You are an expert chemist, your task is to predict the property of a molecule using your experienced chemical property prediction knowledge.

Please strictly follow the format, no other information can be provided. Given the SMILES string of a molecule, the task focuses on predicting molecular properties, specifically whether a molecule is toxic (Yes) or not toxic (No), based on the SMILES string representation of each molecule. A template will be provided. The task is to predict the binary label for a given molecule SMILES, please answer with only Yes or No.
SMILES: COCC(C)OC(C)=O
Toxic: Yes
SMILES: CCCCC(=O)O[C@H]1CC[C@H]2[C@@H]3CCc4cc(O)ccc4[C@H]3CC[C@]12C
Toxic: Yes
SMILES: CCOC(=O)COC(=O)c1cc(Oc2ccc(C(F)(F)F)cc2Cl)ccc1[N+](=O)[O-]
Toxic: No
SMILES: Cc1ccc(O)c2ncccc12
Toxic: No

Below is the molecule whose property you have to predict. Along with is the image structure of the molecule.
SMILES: Cc1onc(-c2c(Cl)cccc2Cl)c1C(=O)N[C@@H]1C(=O)N2[C@@H](C(=O)[O-])C(C)(C)S[C@H]12
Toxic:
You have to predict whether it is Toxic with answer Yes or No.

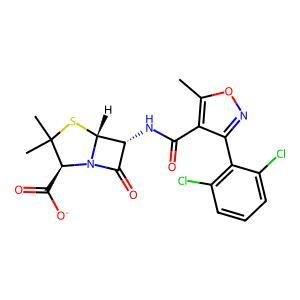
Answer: No